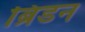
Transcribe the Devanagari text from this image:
ब्रिडन